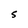
Character: S